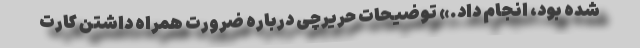
شده بود، انجام داد.» توضیحات حریرچی درباره ضرورت همراه داشتن کارت